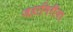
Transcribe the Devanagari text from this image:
जहागिरींचा